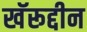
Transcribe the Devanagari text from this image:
खॅरूद्दीन